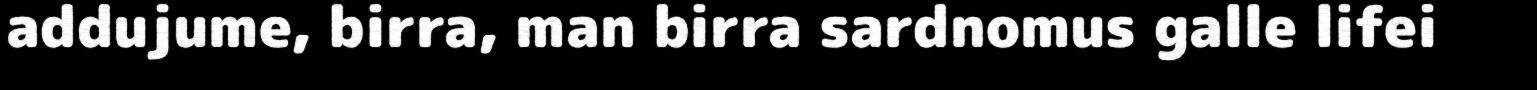
addujume, birra, man birra sardnomus galle lifei